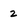
Character: 2